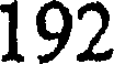
192